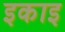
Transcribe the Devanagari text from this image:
इकाइ